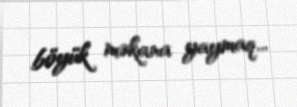
böyük məkana yaymaq...